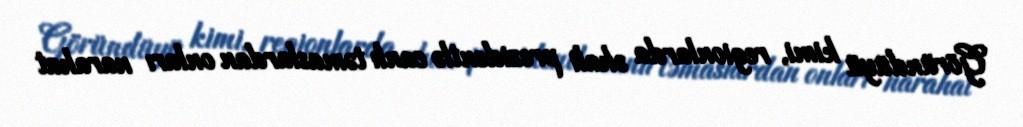
Göründüyü kimi, regionlarda əhali prezidentlə canlı təmaslardan onları narahat